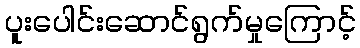
ပူးပေါင်းဆောင်ရွက်မှုကြောင့်